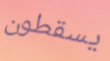
يسقطون